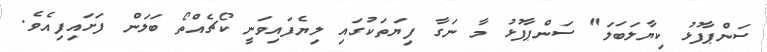
ސަންޕާފުޅު ކިޔާލަބަލަ" ސަންޕާފުޅު މާ ނަގާ ފިޔަތަކުގައި ލިޔެފައިވަނީ ކޯޗެއްތޯ ބަލަން ފަށައިފިއެވެ.